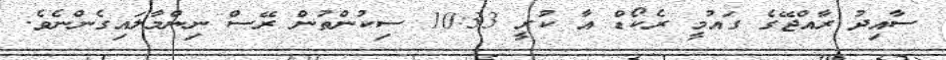
ސާއިދު ރާއްޖޭގެ ގައުމީ ރެކޯޑް އާ ކުރީ 10:33 ސިކުންތުން ރޭސް ނިންމާލައިގެންނެވެ.